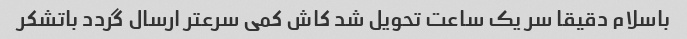
باسلام دقیقا سر یک ساعت تحویل شد کاش کمی سرعتر ارسال گردد باتشکر